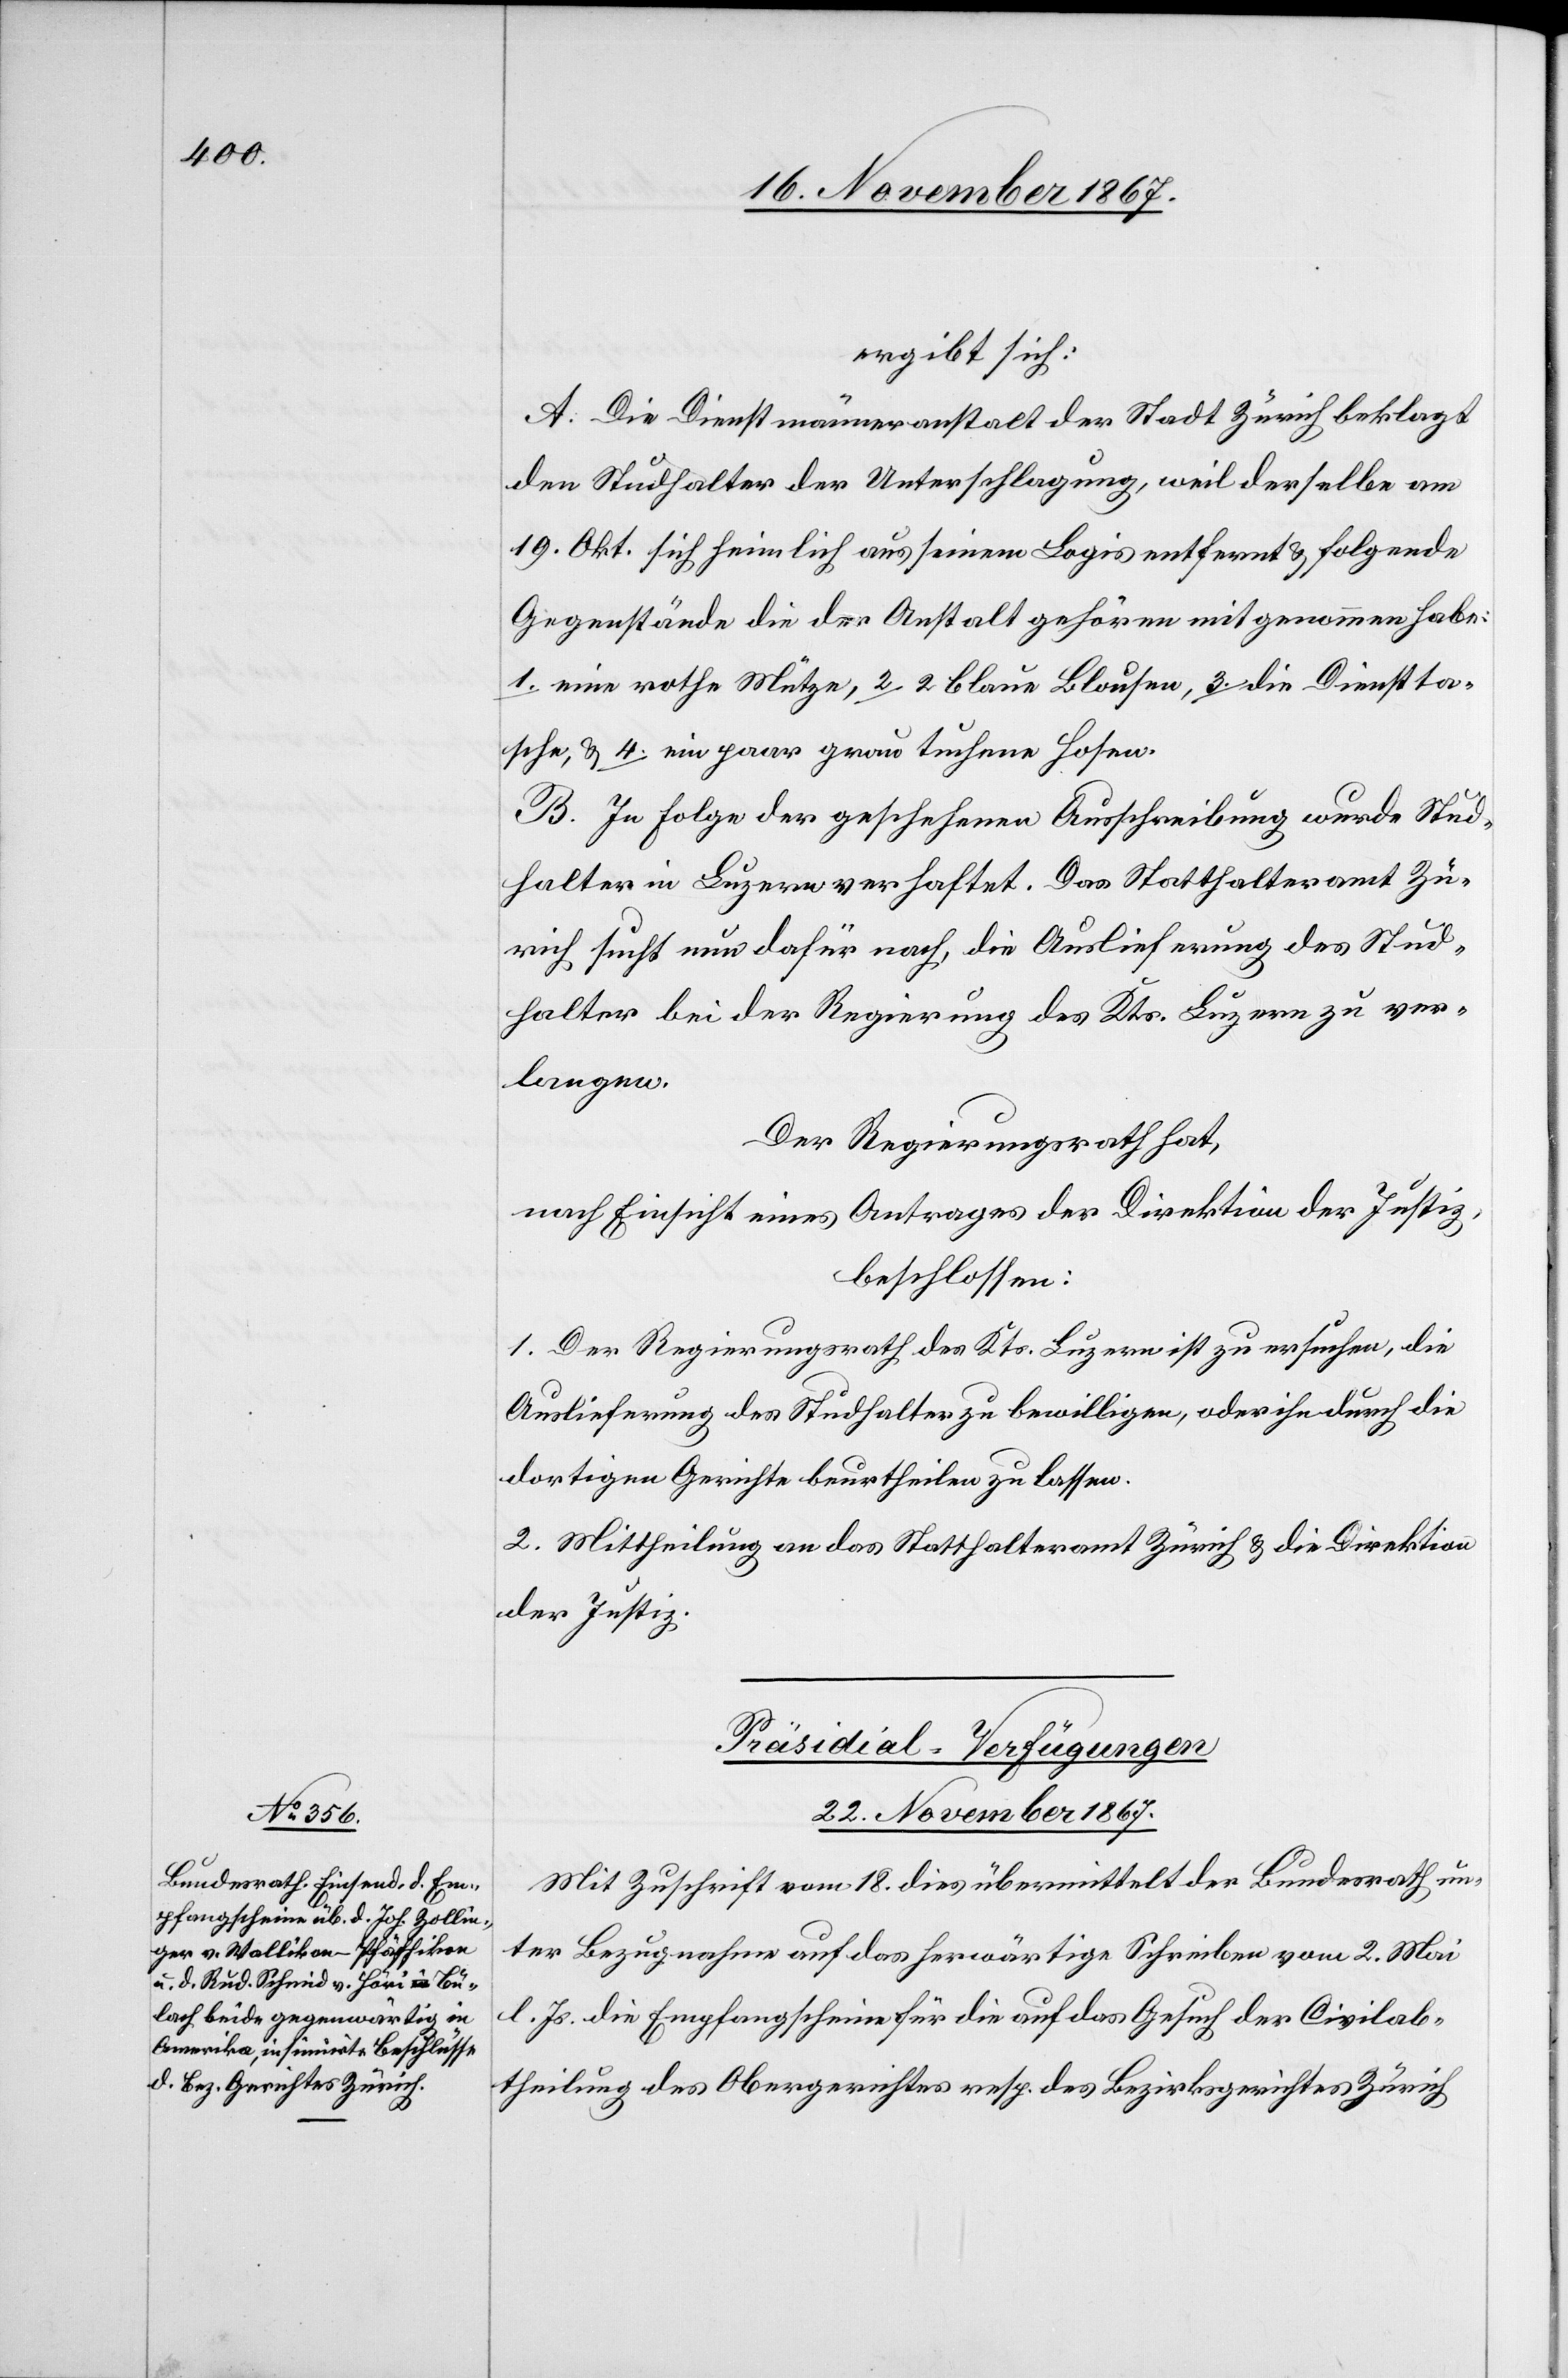
ergibt sich:
A. Die Dienstmänneranstalt der Stadt Zürich beklagt
den Studhalter der Unterschlagung, weil derselbe am
19. Okt. sich heimlich aus seinem Logis entfernt u. folgende
Gegenstände die der Anstalt gehören mitgenommen habe:
1. eine rothe Mütze, 2 2 blaue Blousen, 3 die Dienstta¬
sche, u. 4 ein paar graue tuchene Hosen.
B. In Folge der geschehenen Ausschreibung wurde Stud¬
halter in Luzern verhaftet. Das Statthalteramt Zü¬
rich such nun dafür nach, die Auslieferung des Stud¬
halter bei der Regierung des Kts. Luzern zu ver¬
langen.
Der Regierungsrath hat,
nach Einsicht eines Antrages der Direktion der Justiz,
beschlossen:
1. Der Regierungsrath des Kts. Luzern ist zu ersuchen, die
Auslieferung des Studhalter zu bewilligen, oder ihn durch die
dortigen Gerichte beurtheilen zu lassen.
2. Mittheilung an das Statthalteramt Zürich u. die Direktion
der Justiz.
Präsidial-Verfügungen.
22. November 1867.
Mit Zuschrift vom 18. dies übermittelt der Bundesrath un¬
ter Bezugnahme auf das herwärtige Schreiben vom 2. Mai
l. Js. die Empfangscheine für die auf das Gesuch der Civilab¬
theilung des Obergerichtes resp. des Bezirksgerichtes Zürich